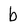
Character: b